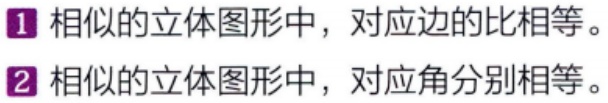
1. 相似的立体图形中，对应边的比相等。
2. 相似的立体图形中，对应角分别相等。